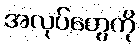
အလုပ်တွေကို